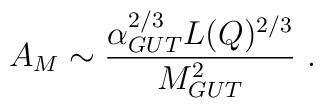
A_{M}\sim  { \alpha_{GUT}^{2/3} L(Q)^{2/3}\over M_{GUT}^2 }\ .